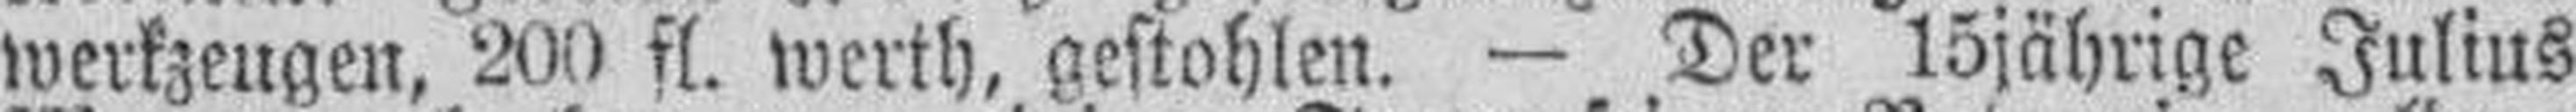
werkzeugen, 200 fl. werth, gestohlen. — Der 15jährige Julius